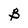
Character: B